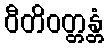
ဝီတိဝတ္တန္တံ